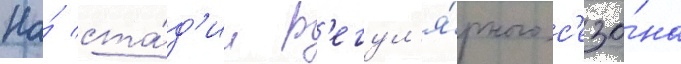
На́ ста́д'ии р'егул'я́рного с'езо́на